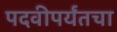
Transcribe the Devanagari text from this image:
पदवीपर्यंतचा